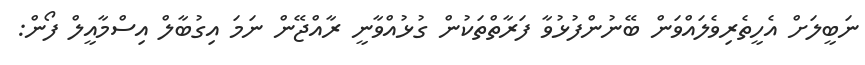
ނަބީލަށް އެހީތެރިވެލައްވަން ބޭނުންފުޅުވާ ފަރާތްތަކުން ގުޅުއްވާނީ ރާއްޖޭން ނަމަ އިގުބާލް އިސްމާއީލް ފޯން: